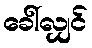
ခေါ်လျှင်